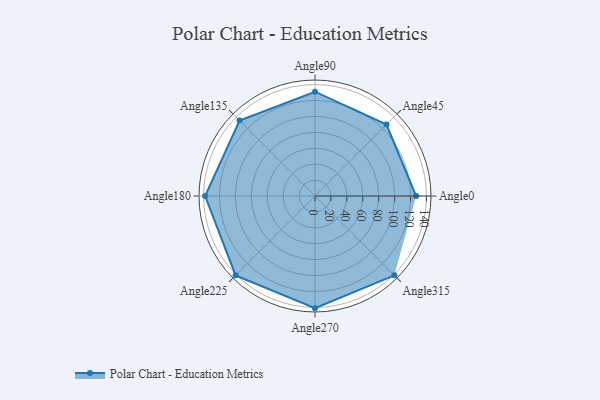
{"axis": {"x": "Angle", "y": "Radius"}, "legend": [""], "data": [{"x": "Angle0", "y": 127.0, "type": ""}, {"x": "Angle45", "y": 127.0, "type": ""}, {"x": "Angle90", "y": 131.0, "type": ""}, {"x": "Angle135", "y": 134.0, "type": ""}, {"x": "Angle180", "y": 138.0, "type": ""}, {"x": "Angle225", "y": 141.0, "type": ""}, {"x": "Angle270", "y": 141.0, "type": ""}, {"x": "Angle315", "y": 141.0, "type": ""}]}